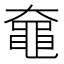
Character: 𬹞